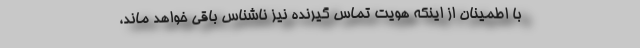
با اطمینان از اینکه هویت تماس گیرنده نیز ناشناس باقی خواهد ماند،